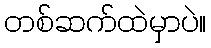
တစ်ဆက်ထဲမှာပဲ။